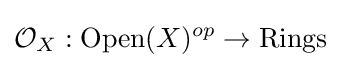
{\mathcal {O}}_{X}:{\text{Open}}(X)^{op}\to {\text{Rings}}